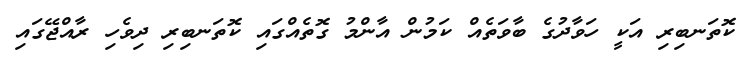
ކޮތަނބިރި އަކީ ހަވާދުގެ ބާވަތެއް ކަމުން އާންމު ގޮތެއްގައި ކޮތަނބިރި ދިވެހި ރާއްޖޭގައި